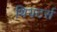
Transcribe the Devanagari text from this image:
थियटर्स